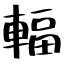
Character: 輻